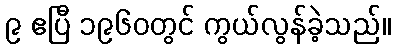
၉ ဧပြီ ၁၉၆၀တွင် ကွယ်လွန်ခဲ့သည်။